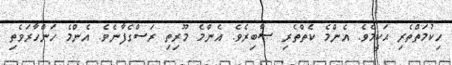
ހިކުމަތްތެރި ޙަކީމެވެ. އެންމެ ކެތްތެރި ޞާބިރެވެ. އެންމެ މޫރިތި ރަސްގެފާނެވެ. އެންމެ ހަންހާރަވެތި